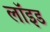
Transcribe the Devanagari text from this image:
लाॅइड